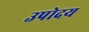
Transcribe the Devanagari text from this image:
उपोदय